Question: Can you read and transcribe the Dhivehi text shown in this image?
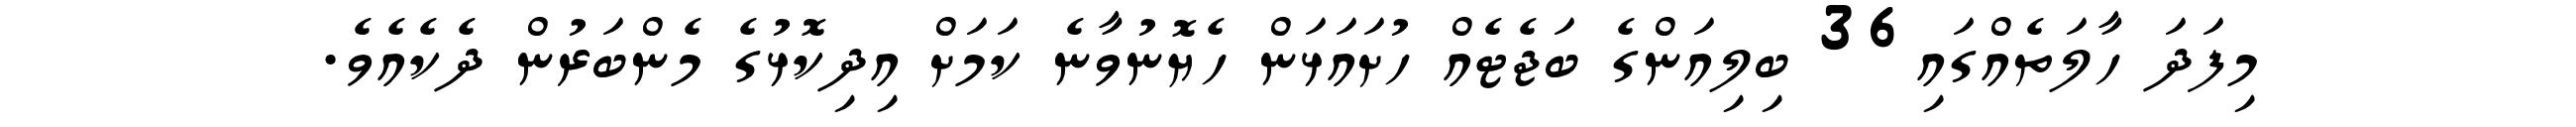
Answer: މިފަދަ ހާލަތެއްގައި36 ބިލިއަންގެ ބަޖެޓެއް ހުށައަޅަން ހެޔޮނުވާނެ ކަމަށް އިދިކޮޅުގެ މެންބަރުން ދެކެއެވެ.